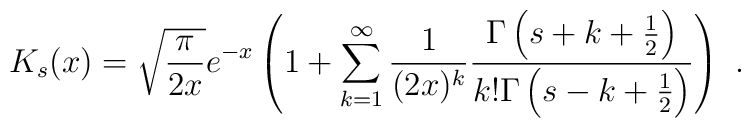
K_{s}(x)= \sqrt{\frac{\pi}{2x}} e^{-x} \left(1+ \sum_{k=1}^{\infty} \frac{1}{(2x)^k}\frac{\Gamma\left(s+k+\frac{1}{2}\right)}{k!\Gamma\left(s-k+\frac{1}{2}\right)}\right)\ .